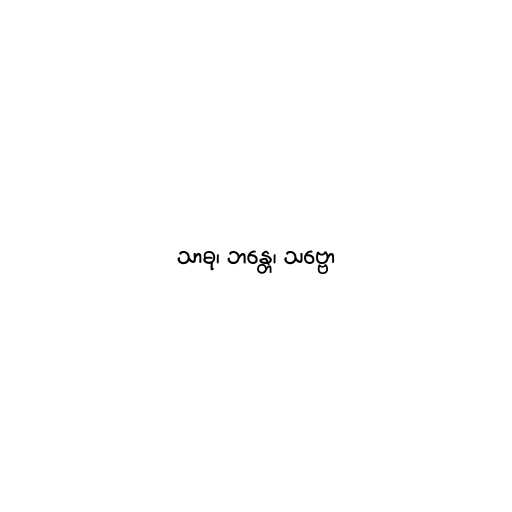
သာဓု၊ ဘန္တေ၊ သဗ္ဗော